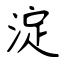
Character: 淀